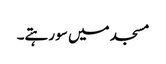
مسجد میں سو رہتے۔